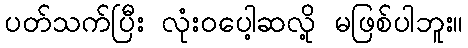
ပတ်သက်ပြီး လုံးဝပေါ့ဆလို့ မဖြစ်ပါဘူး။